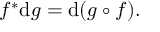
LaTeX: f ^ { * } \mathrm { d } g = \mathrm { d } ( g \circ f ) .